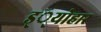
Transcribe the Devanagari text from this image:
ड््योहार